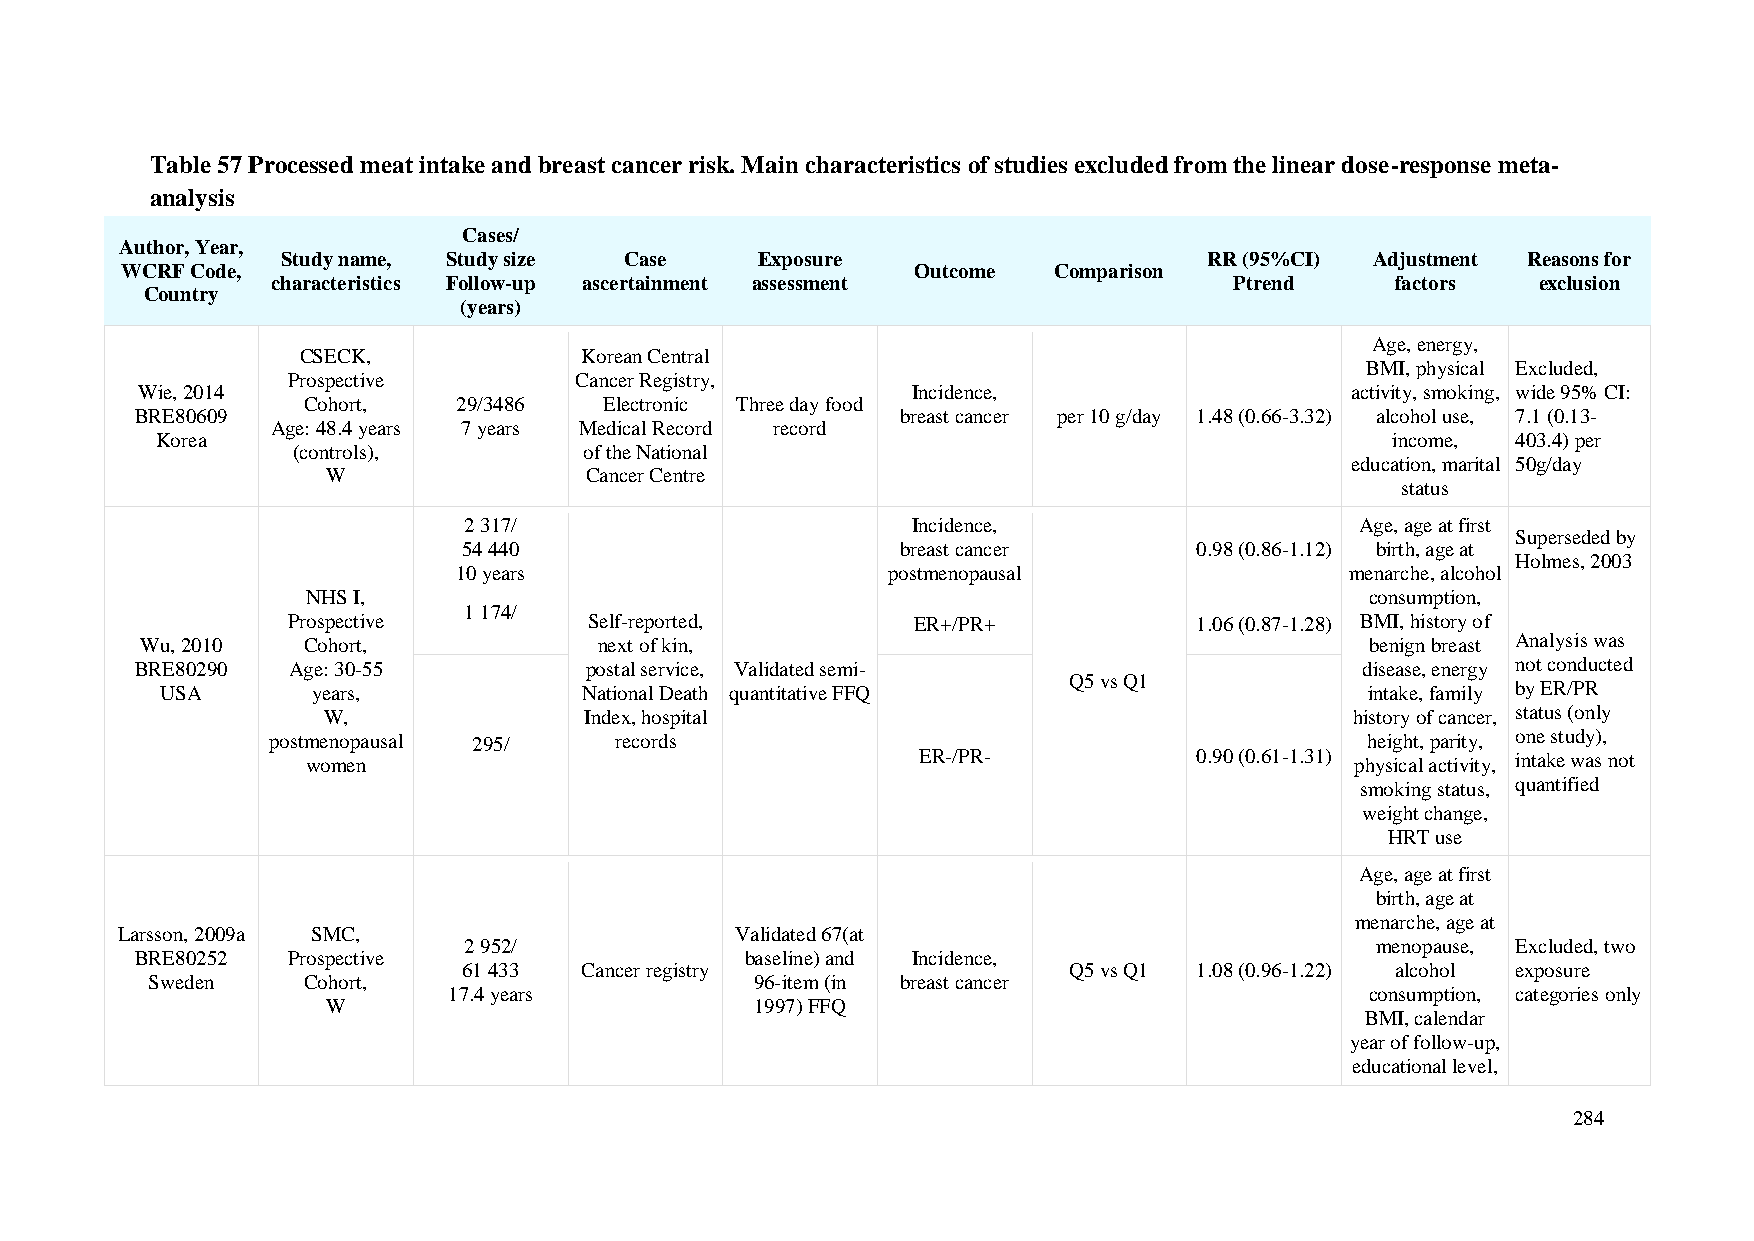
Table 57 Processed meat intake and breast cancer risk. Main characteristics of studies excluded from the linear dose-response meta-
 analysis
 Cases/
 Author, Year,
 Study name, Study size Case    Exposure                      RR (95%CI) Adjustment Reasons for
 WCRF Code,                                           Outcome  Comparison
 characteristics Follow-up ascertainment assessment              Ptrend    factors   exclusion
 Country
 (years)
 Age, energy,
 CSECK,            Korean Central
 BMI, physical Excluded,
 Prospective        Cancer Registry,
 Wie, 2014                                          Incidence,                   activity, smoking, wide 95% CI:
 Cohort,   29/3486   Electronic Three day food
 BRE80609                                           breast cancer per 10 g/day 1.48 (0.66-3.32) alcohol use, 7.1 (0.13-
 Age: 48.4 years 7 years Medical Record record
 Korea                                                                             income, 403.4) per
 (controls),         of the National
 education, marital 50g/day
 W                Cancer Centre
 status
 2 317/                       Incidence,                    Age, age at first
 Superseded by
 54 440                       breast cancer      0.98 (0.86-1.12) birth, age at
 Holmes, 2003
 10 years                     postmenopausal                menarche, alcohol
 NHS I,                                                                 consumption,
 1 174/
 Prospective         Self-reported,        ER+/PR+           1.06 (0.87-1.28) BMI, history of
 Wu, 2010   Cohort,             next of kin,                                       benign breast Analysis was
 BRE80290  Age: 30-55          postal service, Validated semi-                    disease, energy not conducted
 Q5 vs Q1
 USA       years,            National Death quantitative FFQ                     intake, family by ER/PR
 W,                Index, hospital                                    history of cancer, status (only
 postmenopausal 295/    records                                           height, parity, one study),
 women                                    ER-/PR-           0.90 (0.61-1.31) physical activity, intake was not
 smoking status, quantified
 weight change,
 HRT use
 Age, age at first
 birth, age at
 menarche, age at
 Larsson, 2009a SMC,                      Validated 67(at
 2 952/                                                      menopause, Excluded, two
 BRE80252  Prospective                   baseline) and Incidence,
 61 433 Cancer registry                  Q5 vs Q1 1.08 (0.96-1.22) alcohol exposure
 Sweden    Cohort,                       96-item (in breast cancer
 17.4 years                                                   consumption, categories only
 W                           1997) FFQ
 BMI, calendar
 year of follow-up,
 educational level,
 284